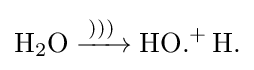
{\ce {H2O ->[{)))}] HO{.}+ H{.}}}